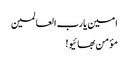
امین یارب العالمین
مؤمن بھائیو!